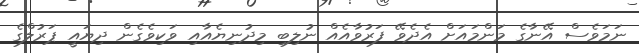
ނަމަވެސް އޭނާގެ މަންމައަށް އެދެވޭ ފަރުވާއެއް ނުލިބި މިދުނިޔެއާއި ވަކިވެގެން ދިޔައީ ޕަރުލްގެ